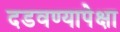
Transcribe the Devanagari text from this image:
दडवण्यापेक्षा